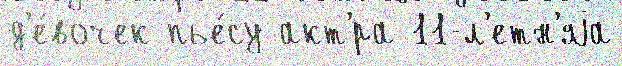
д'е́вочек пье́су акт'́ра 11-л'етн'яjа